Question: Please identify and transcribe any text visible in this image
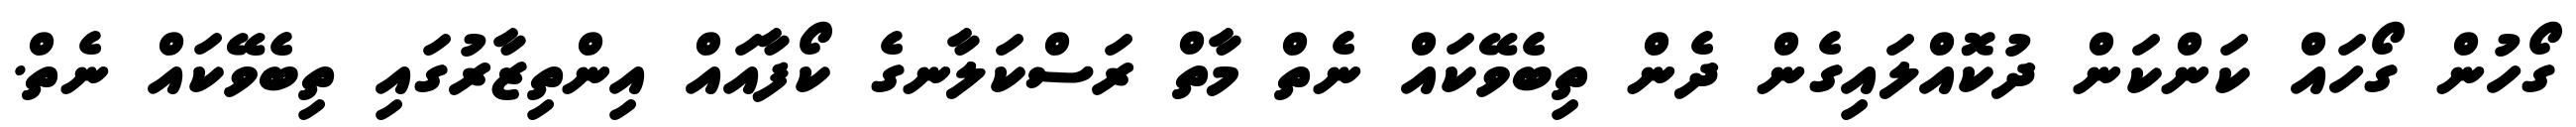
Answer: ގޯހުން ގޯހައް ކަންކަން ދުކޮއްލައިގެން ދެން ތިބެވޭކައް ނެތް މާތް ރަސްކަލާނގެ ކޯފާއައް އިންތިޒާރުގައި ތިބެވޭކައް ނެތް.